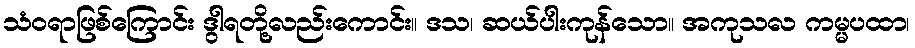
သံဝရာဖြစ်ကြောင်း ဒွါရတို့လည်းကောင်း။ ဒသ၊ ဆယ်ပါးကုန်သော။ အကုသလ ကမ္မပထာ၊